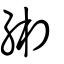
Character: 緗